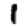
Digit: 1